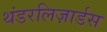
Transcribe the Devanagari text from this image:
थंडरलिज़ार्डस